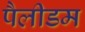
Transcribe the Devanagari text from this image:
पैलीडम